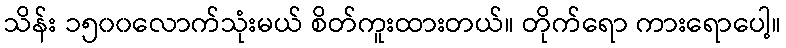
သိန်း ၁၅၀၀လောက်သုံးမယ် စိတ်ကူးထားတယ်။ တိုက်ရော ကားရောပေါ့။